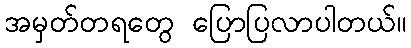
အမှတ်တရတွေ ပြောပြလာပါတယ်။